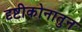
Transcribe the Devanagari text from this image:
दृष्टीकोनातुन